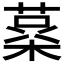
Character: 𮐪